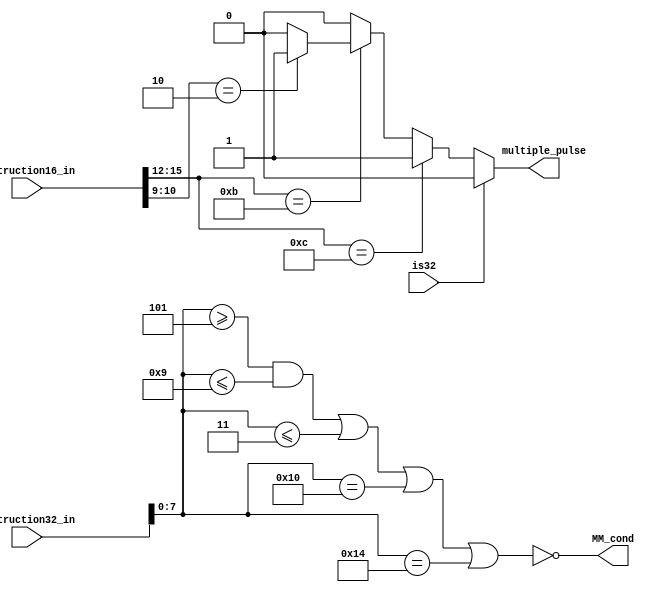
module is_mul_pulse(instruction16_in,
					instruction32_in,
					is32,
					multiple_pulse,
					MM_cond
					);
input [15:0] instruction16_in;
input [31:0] instruction32_in;
input is32;

output multiple_pulse;
output MM_cond;

reg multiple_pulse;

assign MM_cond = ~(	 ((instruction32_in[7:0]>= 8'd5)&(instruction32_in[7:0]<= 8'd9))
					|(instruction32_in[7:0]<= 8'd3)
					|(instruction32_in[7:0]==8'd16)
					|(instruction32_in[7:0]==8'd20)
					);

always@(instruction16_in or is32)begin
	if(is32)begin
		multiple_pulse = 0;
	end
	else begin
		multiple_pulse = 	(instruction16_in[15:12] == 4'b1100)? 1 :
								(instruction16_in[15:12] == 4'b1011)? 
								 ((instruction16_in[10:9] == 2'b10)? 1 : 0) : 0;
	end
end
endmodule